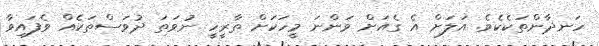
ހަނދާންތަކެކެވެ. އަލަށް އެ ގެއަށް ވަންނަ މީހަކަށް ތާރީހީ ނުވަތަ ދުވަސްތަކެއް ވެފައިވާ